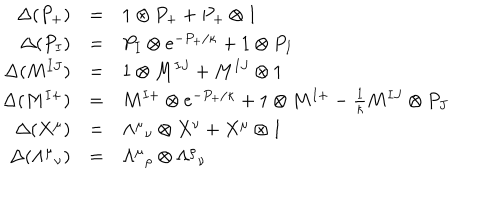
LaTeX: \begin{array} { r c l } { { \Delta ( P _ { + } ) } } & { { = } } & { { 1 \otimes P _ { + } + P _ { + } \otimes 1 } } \\ { { \Delta ( P _ { I } ) } } & { { = } } & { { P _ { I } \otimes e ^ { - P _ { + } / \kappa } + 1 \otimes P _ { I } } } \\ { { \Delta ( M ^ { I J } ) } } & { { = } } & { { 1 \otimes M ^ { I J } + M ^ { I J } \otimes 1 } } \\ { { \Delta ( M ^ { I + } ) } } & { { = } } & { { M ^ { I + } \otimes e ^ { - P _ { + } / \kappa } + 1 \otimes M ^ { I + } - \frac { 1 } { \kappa } M ^ { I J } \otimes P _ { J } } } \\ { { \Delta ( X ^ { \mu } ) } } & { { = } } & { { \Lambda ^ { \mu } { } _ { \nu } \otimes X ^ { \nu } + X ^ { \mu } \otimes 1 } } \\ { { \Delta ( \Lambda ^ { \mu } { } _ { \nu } ) } } & { { = } } & { { \Lambda ^ { \mu } { } _ { \rho } \otimes \Lambda ^ { \rho } { } _ { \nu } } } \\ \end{array}